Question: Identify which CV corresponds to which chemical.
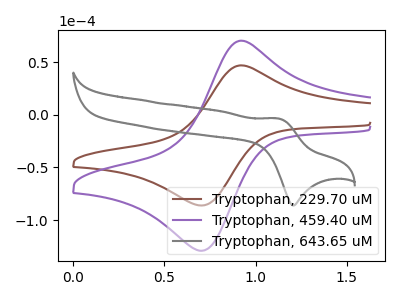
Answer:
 <answer>The brown curve is labeled "Tryptophan, 229.70 uM". The purple curve is labeled "Tryptophan, 459.40 uM". The gray curve is labeled "Tryptophan, 643.65 uM".</answer>
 <eval></eval>